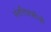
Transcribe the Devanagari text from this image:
संततिप्राप्तीची